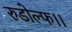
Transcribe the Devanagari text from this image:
रुडोल्फ।।